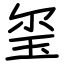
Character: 玺